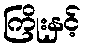
ကြိုးနှင့်